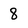
Character: 8